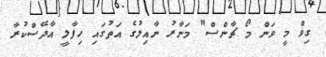
ގިވް މީ ވަން މޯ ޗާންސް" މަނާރު ނާއިލުގެ އަތުގައި ހިފާލީ އާދޭސްކުރާ